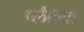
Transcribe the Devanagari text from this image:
प्लैटेया